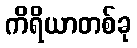
ကိရိယာတစ်ခု